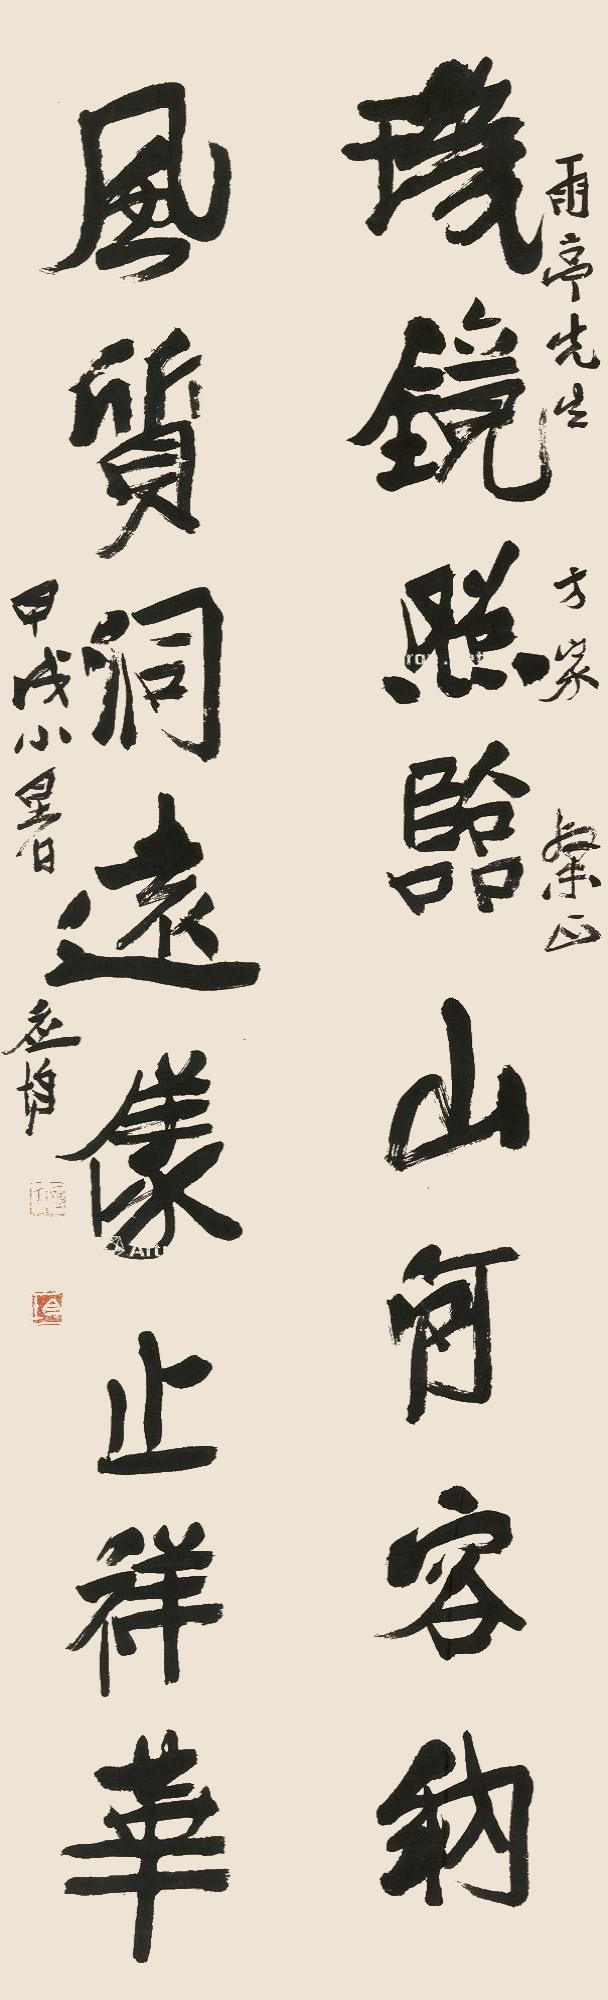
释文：玑镜照临，山河容纳；风质洞远，仪止祥华。雨亭先生方家粲正。甲戌小暑，应均。